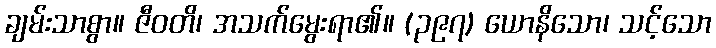
ချမ်းသာစွာ။ ဇီဝတိ၊ အသက်မွေးရာ၏။ (၃၉၇) ယောနိသော၊ သင့်သော